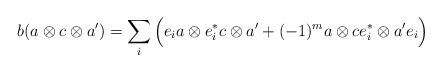
LaTeX: \begin{align*}b(a\otimes c\otimes a')=\sum_i \Big(e_ia\otimes e_i^* c\otimes a'+(-1)^{m}a\otimes c e_i^* \otimes a' e_i\Big)\end{align*}